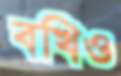
বখিও